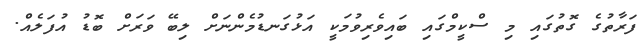
ފަރާތުގެ ގޮތުގައި މި ސްކީމްގައި ބައިވެރިވުމަކީ އަޅުގަނޑުމެންނަށް ލިބޭ ވަރަށް ބޮޑު އުފަލެއް.